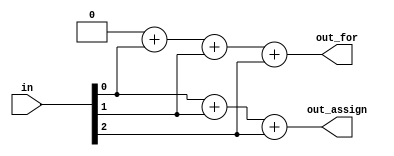
`timescale 1ns / 1ps
//////////////////////////////////////////////////////////////////////////////////
// Company: 
// Engineer: 
// 
// Design Name: 
// Module Name: Popcount3
// Project Name: 
// Target Devices: 
// Tool Versions: 
// Description: 
// 
// Dependencies: 
// 
// Revision:
// Revision 0.01 - File Created
// Additional Comments:
// 
//////////////////////////////////////////////////////////////////////////////////


module Popcount3(
    input [2:0] in,
    output reg [1:0] out_for,
	output [1:0] out_assign	
    );
	
	assign out_assign=in[0]+in[1]+in[2];
	
	integer i;
	always@(*) begin
		out_for = 2'b0;
		for(i=0;i<3;i=i+1) begin
			out_for = 	out_for+in[i];
		end
	end
endmodule